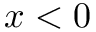
x < 0